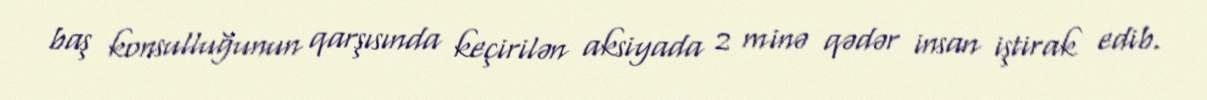
baş konsulluğunun qarşısında keçirilən aksiyada 2 minə qədər insan iştirak edib.